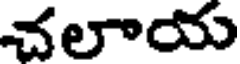
చలాయ